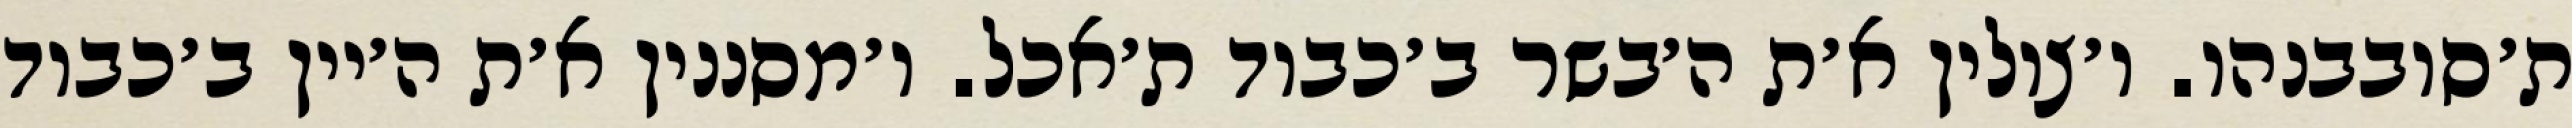
ת׳סובבנהו. ו׳צולין א׳ת ה׳בשר ב׳כבוד ת׳אכל. ו׳מסננין א׳ת ה׳יין ב׳כבוד